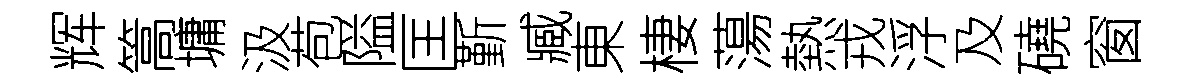
辉篙墉汲苞隘匡斳臧東棲蕩熱戎浮及磽窗